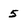
Character: 5